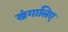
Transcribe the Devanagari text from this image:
खंगालिए